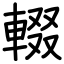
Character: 輟